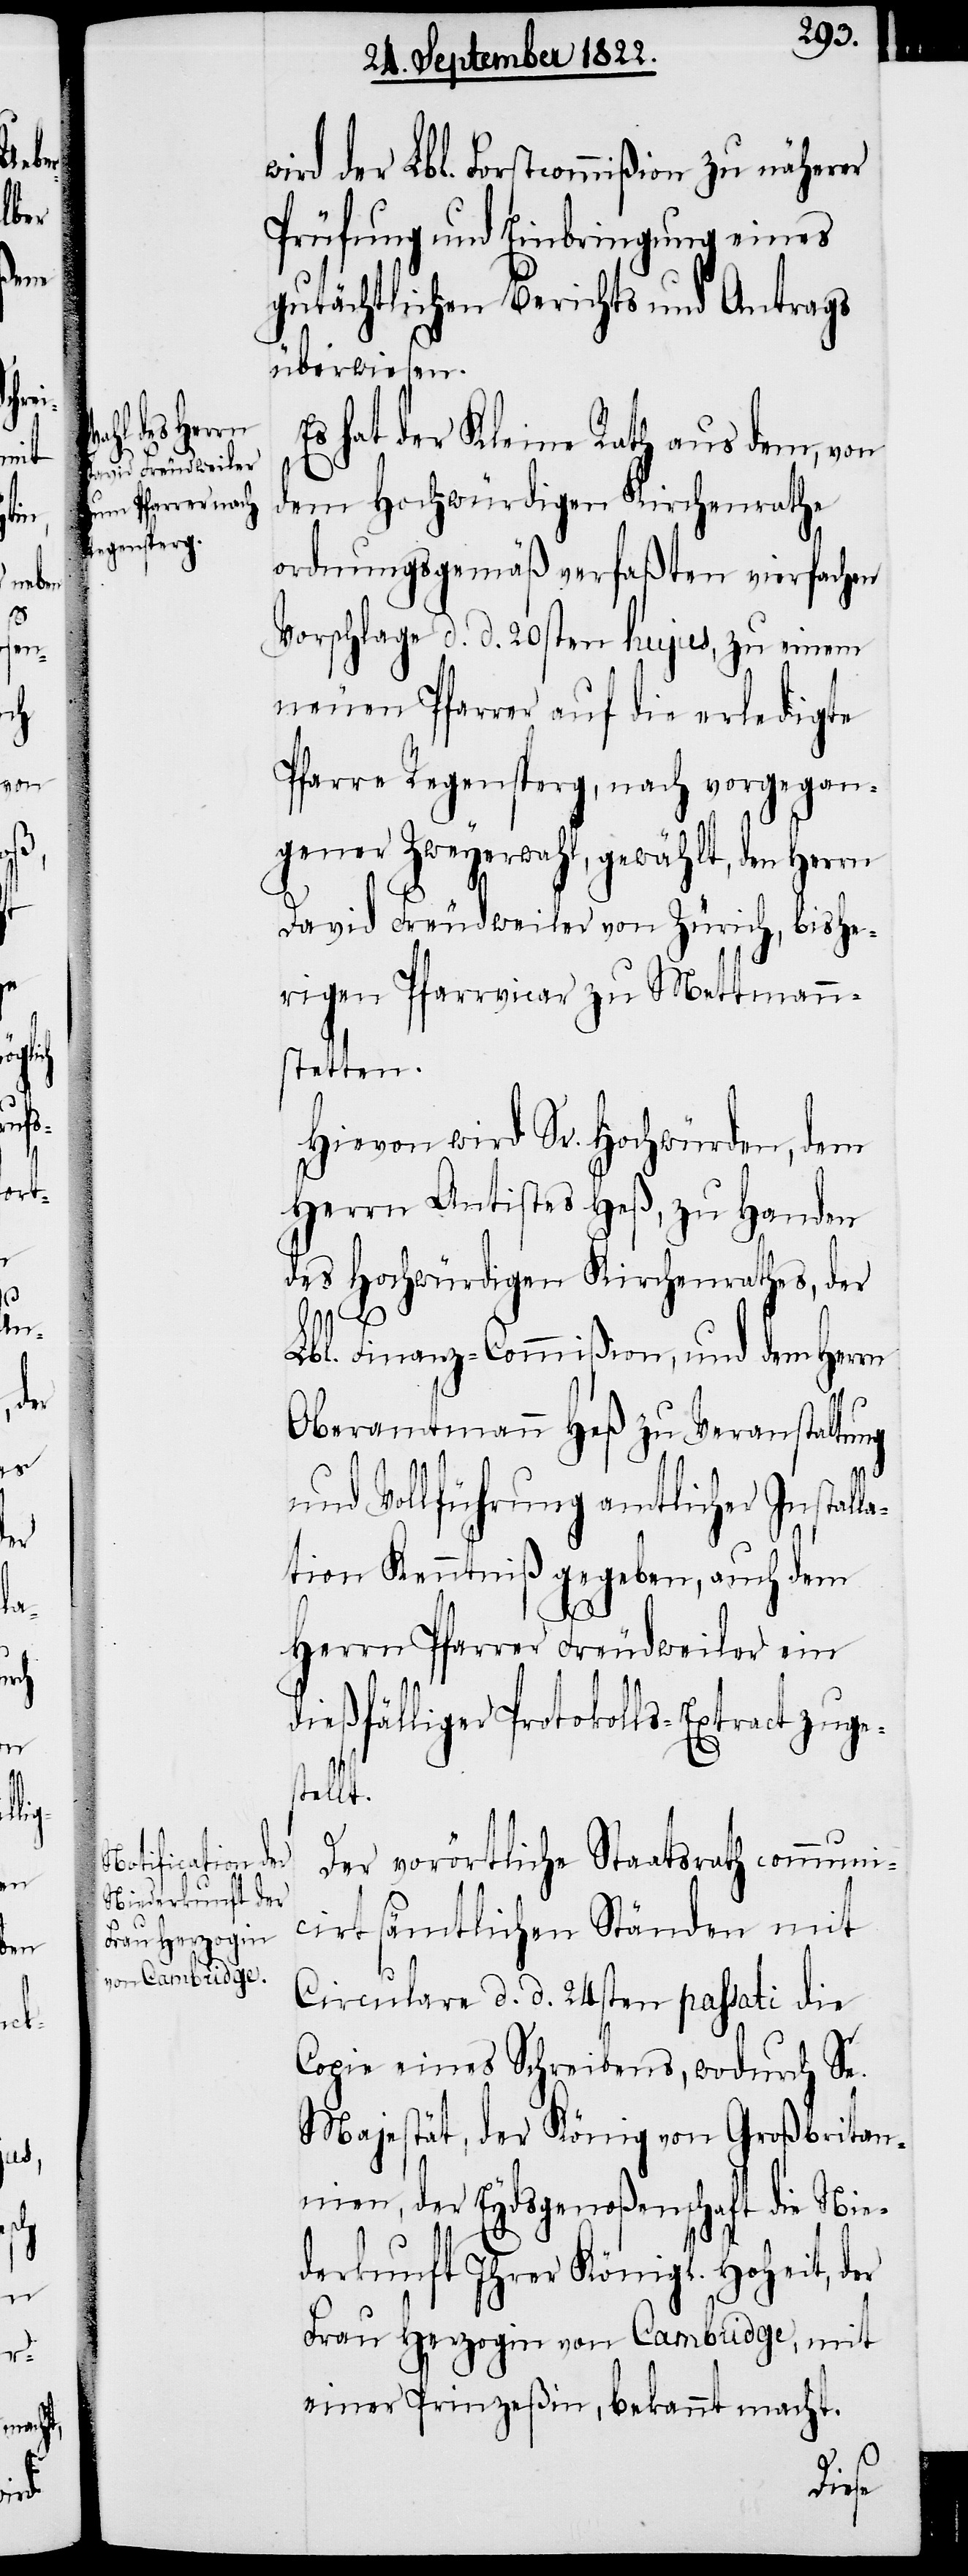
er

wird der Lbl. Forstcommißion zu näherer
Prüfung und Einbringung eines
gutächtlichen Berichts und Antrags
überwiesen.
Es hat der Kleine Rath aus dem, von
dem Hochwürdigen Kirchenrathe
ordnungsgemäß verfaßten vierfachen
Vorschlage d. d. 20sten hujus, zu einem
neuen Pfarrer auf die erledigte
Pfarre Regensperg, nach vorgegan¬
gener Zweyerwahl, gewählt, den Herrn
David Freudweiler von Zürich, bishe¬
rigen Pfarrvicar zu Mettmann¬
stetten.
Hievon wird Sr. Hochwürden, dem
Herrn Antistes Heß, zu Handen
des Hochwürdigen Kirchenrathes, der
Lbl. Finanz-Commißion, und dem Herrn
Oberamtmann Heß zu Veranstaltung
und Vollführung amtlicher Install¬
ation Kenntniß gegeben, auch dem
Herrn Pfarrer Freudweiler ein
dießfälliger Protokolls-Extract zuge¬
stellt.
Der vorörtliche Staatsrath communi¬
cirt sämtlichen Ständen mit
Circulare d. d. 24sten passati die
Copie eines Schreibens, wodurch Se.
Majestät, der König von Großbritan¬
nien, der Eydsgenoßenschaft die Nie¬
derkunft Ihrer Königl. Hoheit, d¬
Frau Herzogin von Cambridge, mit
einer Prinzeßin, bekannt macht.